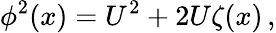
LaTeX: \phi^{2}(x)=U^{2}+2U\zeta(x)\, ,